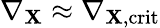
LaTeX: \nabla_{\mathbf{X}}\approx\nabla_{\mathbf{X},\mathrm{{crit}}}